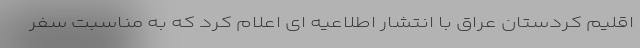
اقلیم کردستان عراق با انتشار اطلاعیه ای اعلام کرد که به مناسبت سفر